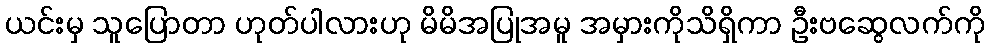
ယင်းမှ သူပြောတာ ဟုတ်ပါလားဟု မိမိအပြုအမူ အမှားကိုသိရှိကာ ဦးဗဆွေလက်ကို